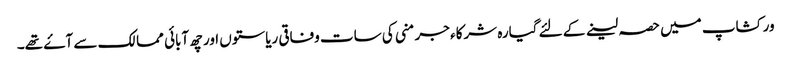
ورکشاپ میں حصہ لینے کے لئے گیارہ شرکاء جرمنی کی سات وفاقی ریاستوں اور چھ آبائی ممالک سے آۓ تھے۔